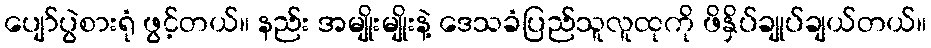
ပျော်ပွဲစားရုံ ဖွင့်တယ်။ နည်း အမျိုးမျိုးနဲ့ ဒေသခံပြည်သူလူထုကို ဖိနှိပ်ချုပ်ချယ်တယ်။